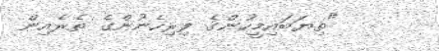
"ތިޔަބައިމީހުންގެ ފިރިހެނުންގެ ތެރެއިން